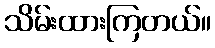
သိမ်းထားကြတယ်။